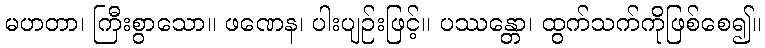
မဟတာ၊ ကြီးစွာသော။ ဖဏေန၊ ပါးပျဉ်းဖြင့်။ ပဿန္တော၊ ထွက်သက်ကိုဖြစ်စေ၍။